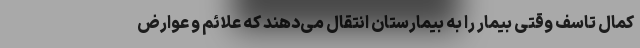
کمال تاسف وقتی بیمار را به بیمارستان انتقال می‌دهند که علائم و عوارض